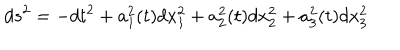
LaTeX: d s ^ { 2 } = - d t ^ { 2 } + a _ { 1 } ^ { 2 } ( t ) d x _ { 1 } ^ { 2 } + a _ { 2 } ^ { 2 } ( t ) d x _ { 2 } ^ { 2 } + a _ { 3 } ^ { 2 } ( t ) d x _ { 3 } ^ { 2 }